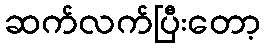
ဆက်လက်ပြီးတော့